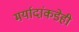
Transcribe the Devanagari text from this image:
मर्यादांकडेही